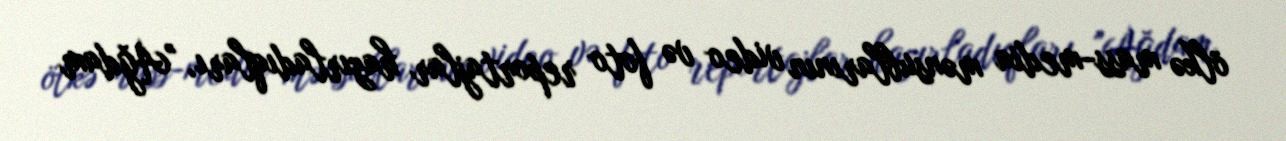
ölkə mass-media mənsublarının video və foto reportajlar hazırladıqları, "Ağdam